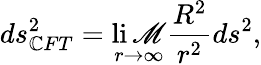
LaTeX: ds_{\mathbb{C}FT}^{2}=\operatorname*{li\mathscr{M}}_{r\rightarrow\infty}\frac{{R^{2}}}{{r^{2}}}ds^{2},